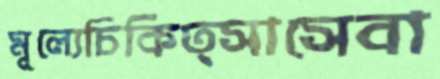
মূল্যেচিকিত্সাসেবা